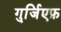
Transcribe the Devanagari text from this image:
गुर्जि़एफ़